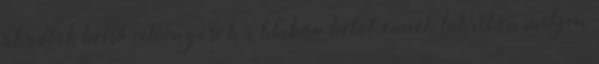
akadtak belső villongások a klubon belül, ennek tükrében milyen